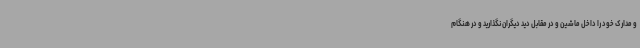
و مدارک خود را داخل ماشین و در مقابل دید دیگران نگذارید و در هنگام